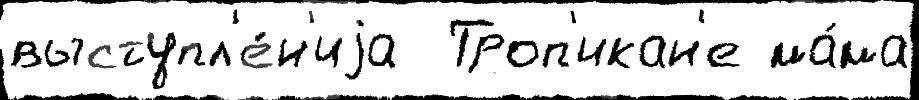
выступл'е́н'иjа  Троп'икан'е ма́ма